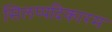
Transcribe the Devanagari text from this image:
सिलप्पदिकारम